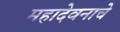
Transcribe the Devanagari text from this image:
महादेवनाचे